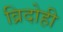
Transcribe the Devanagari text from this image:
व्रिदोही